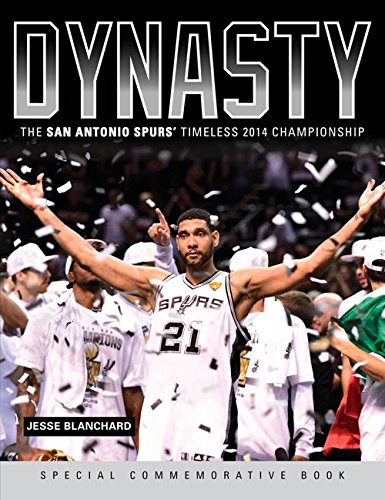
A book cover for Dynasty: The San Antonio Spurs' Timeless 2014 Championship; Jesse Blanchard; Travel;